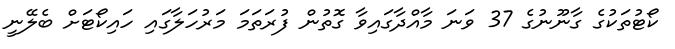
ކޯޓުތަކުގެ ގާނޫނުގެ 37 ވަނަ މާއްދާގައިވާ ގޮތުން ފުރަތަމަ މަރުހަލާގައި ހައިކޯޓަށް ބެލޭނީ